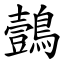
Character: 鷧